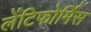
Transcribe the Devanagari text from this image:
लेंटिफोर्मिस